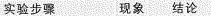
实验步骤 现象 结论